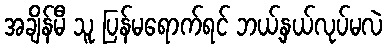
အချိန်မီ သူ ပြန်မရောက်ရင် ဘယ့်နှယ်လုပ်မလဲ